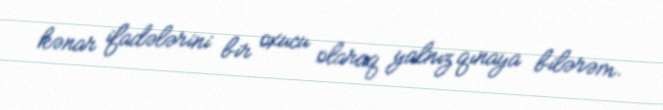
kənar ifadələrini bir oxucu olaraq yalnız qınaya bilərəm.